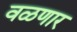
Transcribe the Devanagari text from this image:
वळणार